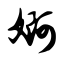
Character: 婀